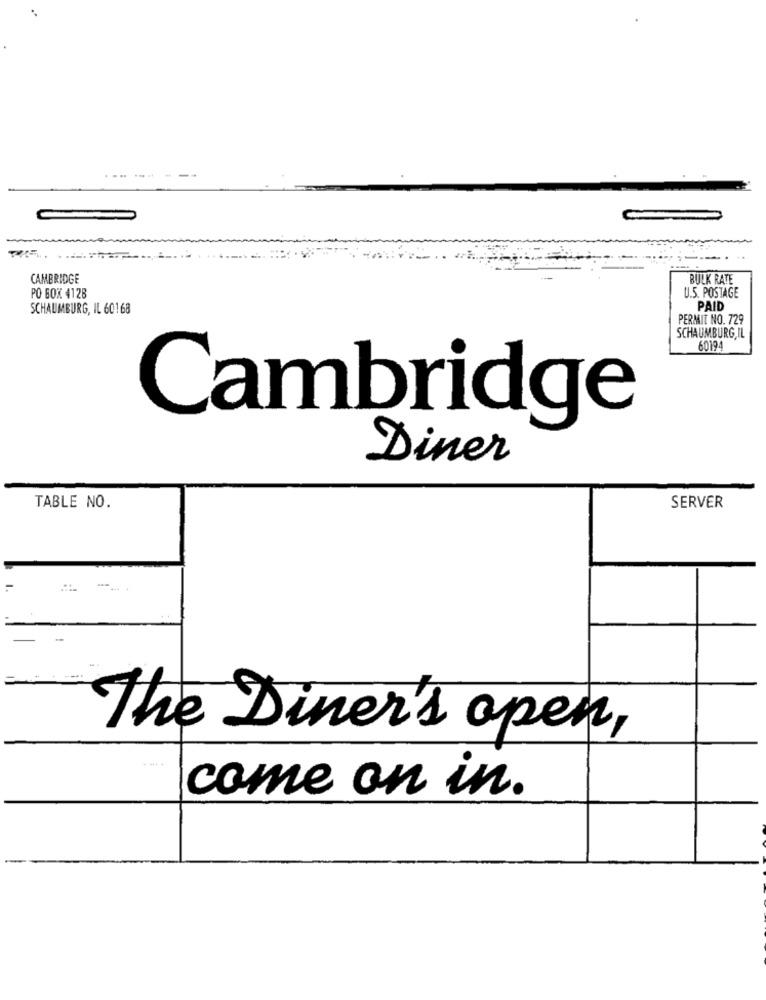
--
CAMBRIDGE
BULK RATE
U.S. POSTAGE
PO BOX 4128
SCHAUMBURG, IL 60168
PAID
PERMIT NO. 729
SCHAUMBURG, IL
60194
Cambridge
Diner
TABLE NO.
SERVER
the Diner's open,
come on in.